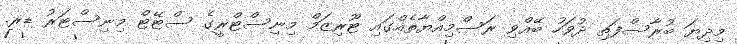
މިދިޔަ ބުރާސްފަތި ދުވަހު ބޭއްވި ރަސްމިއްޔާތެއްގައި ޓޫރިޒަމް މިނިސްޓްރީގެ ސްޓޭޓް މިނިސްޓަރު ޑރ.